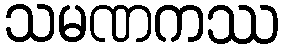
သမဏကဿ